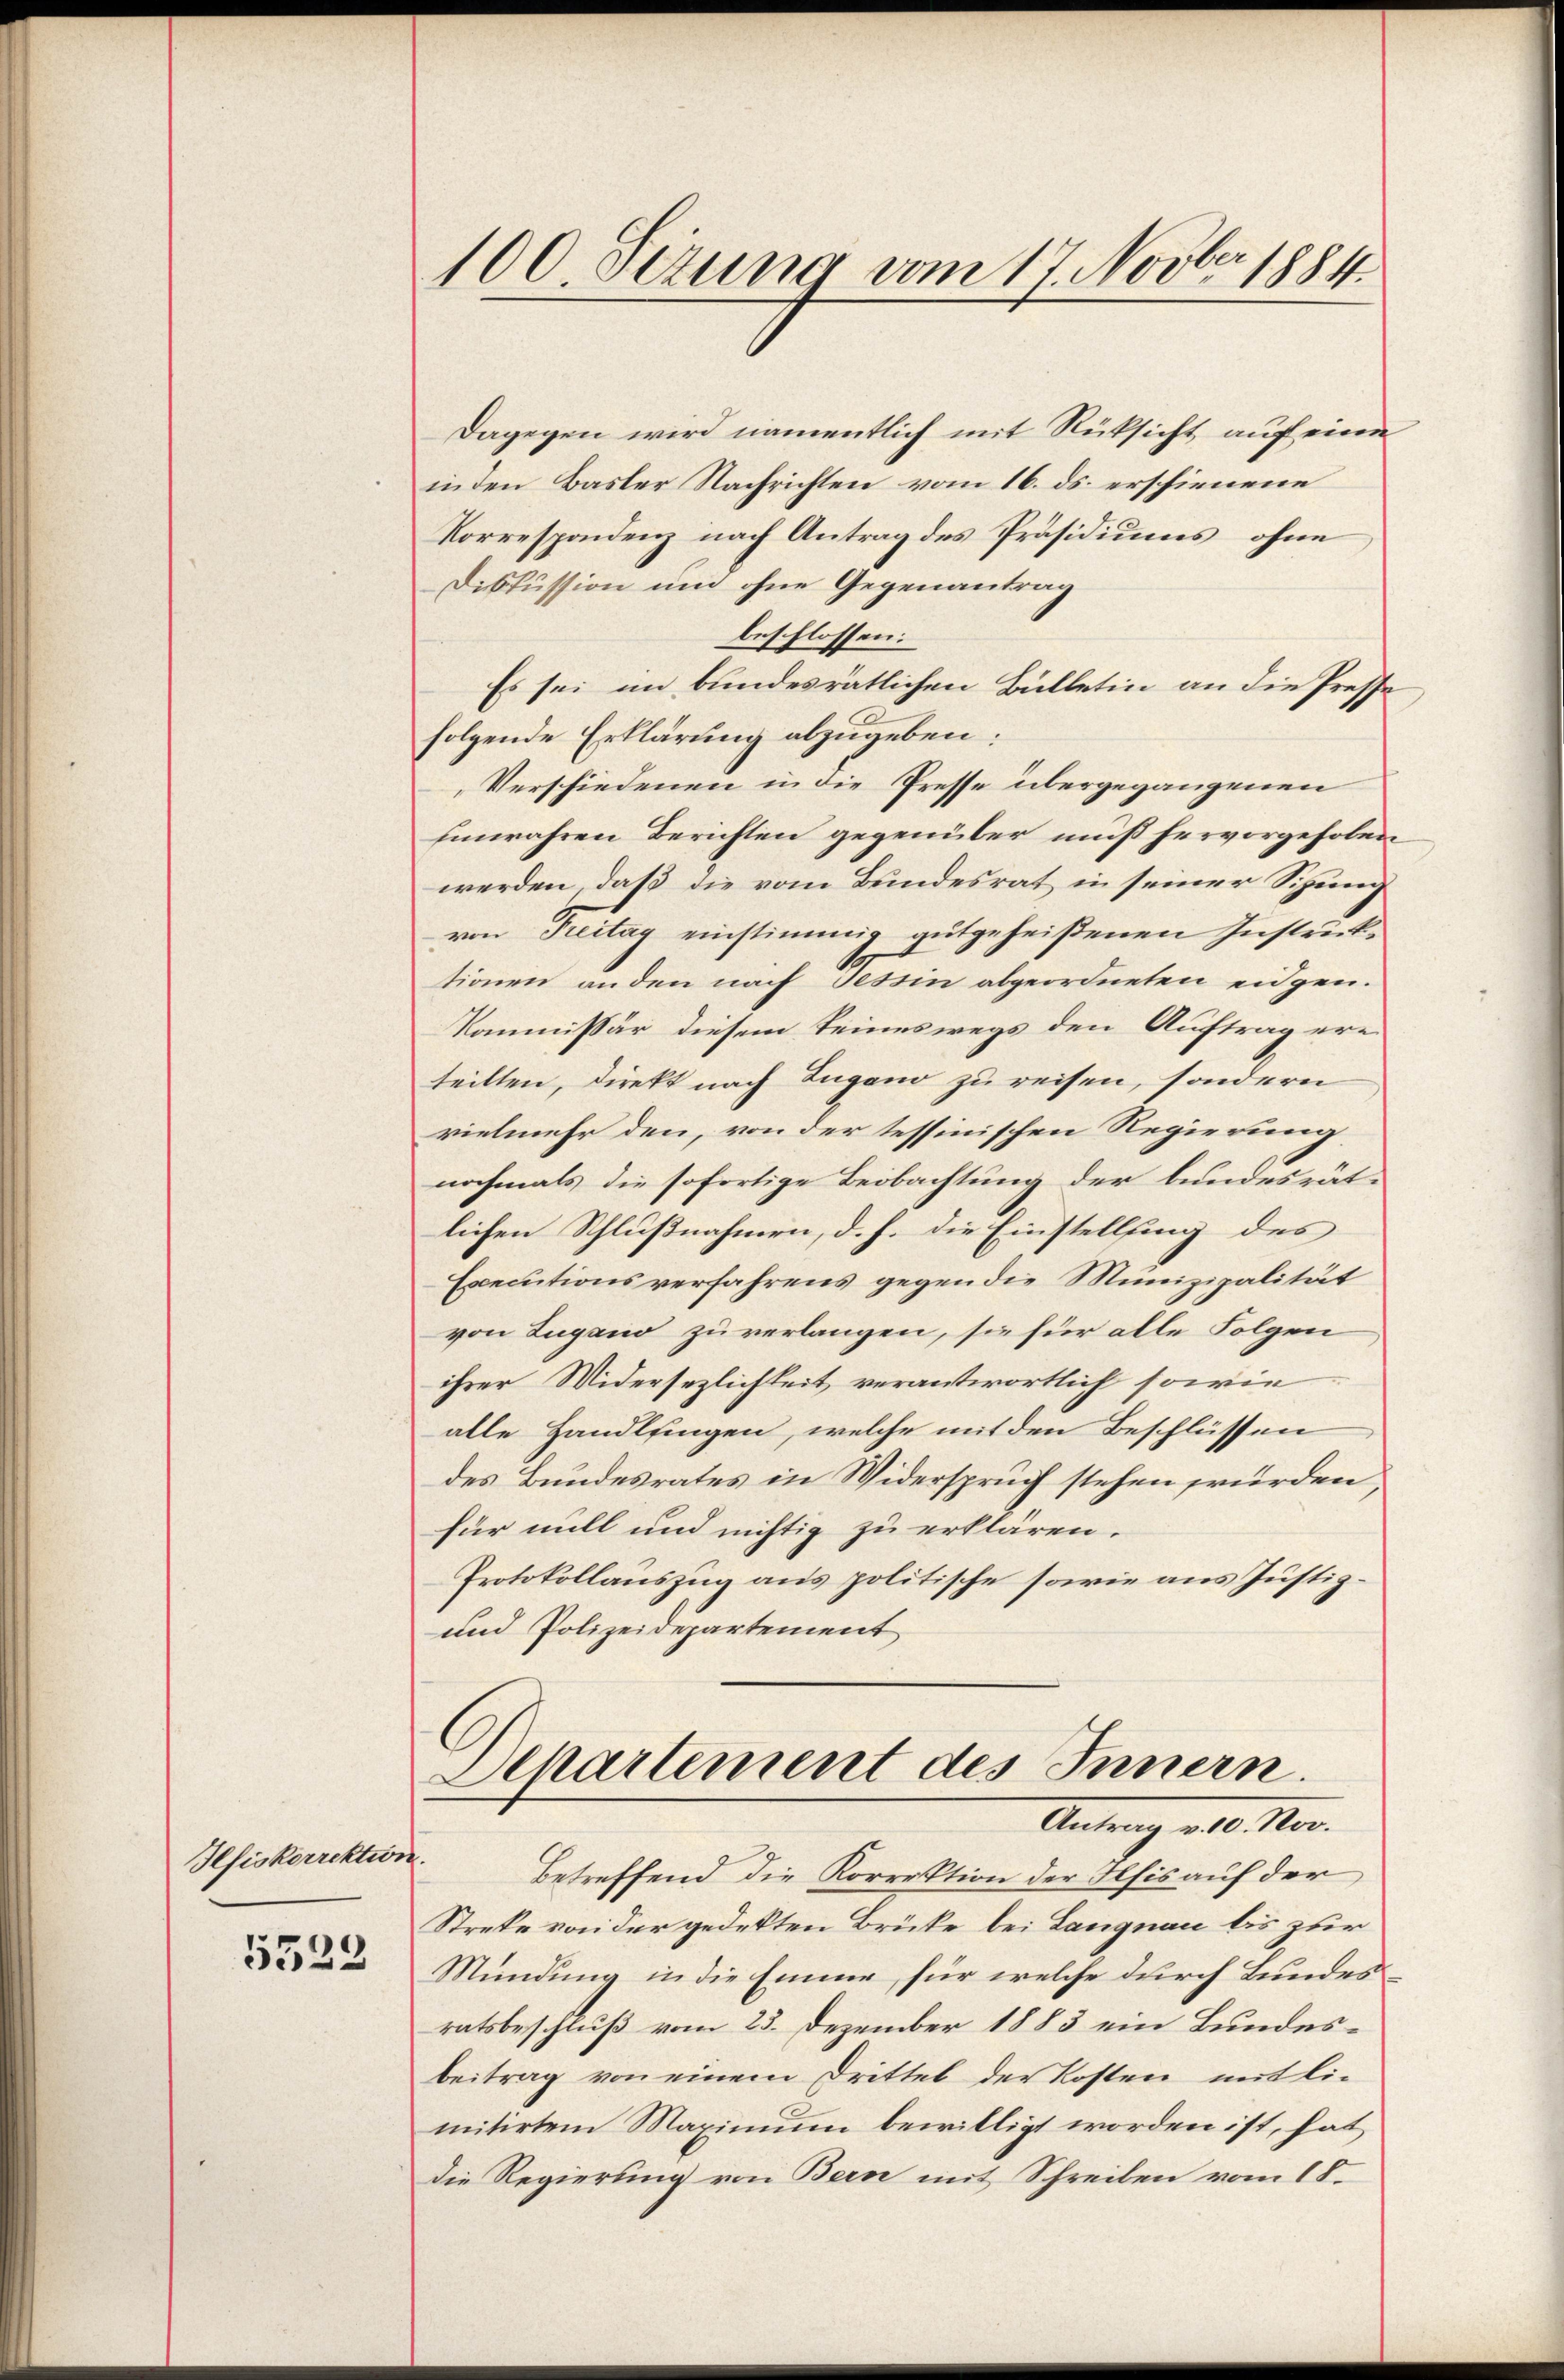
Jefiskorrektio

5528

Dagegen wird namentlich mit Rücksicht auf eine
inden Basler Nachrichten vom 16. ds. erschienene
Korrespondenz nach Antrag des Präsidiums ohne
Diskussion und ohne Gegenantrag
beschlossen:
Es sei im bundesrätlichen Bülletin an die Presse
folgende Erklärung abzugeben:
Verschiedenen in die Presse übergegangenen
Einwahren Berichten gegenüber muß hervorgehoben
werden, daß die vom Bundesrat in seiner Sitzung
von Freitag einstimmig gutgeheißenen Instruktionen an den nach Tessin abgeordneten eidgen.
Kommissär diesem Seineswegs den Auftrag erteilten, direkt nach Lugano zu reisen, sondern
vielmehr den, von der tessinischen Regierung.
nochmals die sofortige Beobachtung der bundesrät-
lichen Schlußnahmen, d. h. die Einstellung des
Executions verfahrens gegen die Munizipalität
von Lugand zu verlangen, sie für alle Folgen
ihrer Widersezlichkeit verantwortlich sowie
alle Handlungen, welche mit den Beschlüssen
des Bundesrates in Widerspruch stehen würden,
für mill und nichtig zu erklären.
Protokollauszug aus politische sowie aus Justiz¬
und Polizeidepartement

100 Stzung vom 17. Novber 1884.

Departement des Innern.
Antrag v. 10. Nov.

.

betreffend die Korrektion der Afis auf der
Streke von der gedekten Brücke bei Langnau bis zur
Mündung in die Emme, für welche durch Bundesratsbeschluß vom 23. Dezember 1883 ein Bundesbeitrag von einem Drittel der Kosten mit limitirtem Maximum bewilligt worden ist, hat
die Regierung von Bern mit Schreiben vom 18.